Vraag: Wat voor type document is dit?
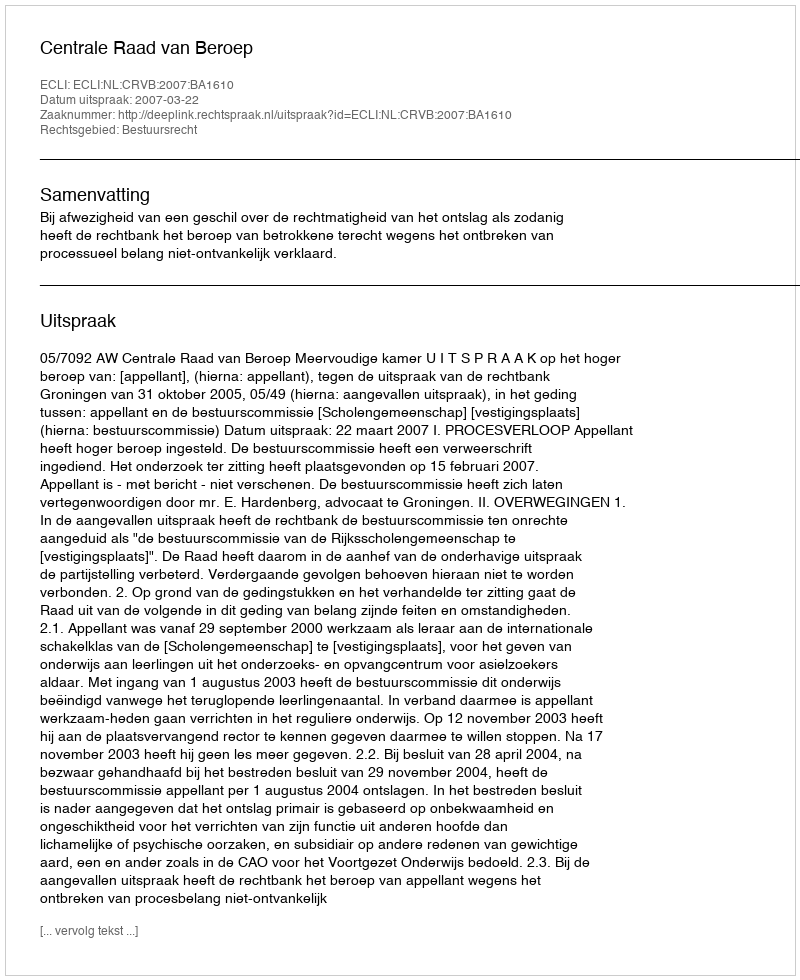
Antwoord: Uitspraak